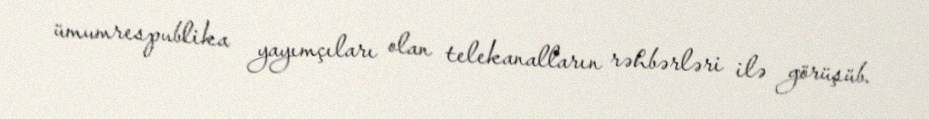
ümumrespublika yayımçıları olan telekanalların rəhbərləri ilə görüşüb.